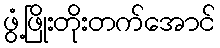
ဖွံ့ဖြိုးတိုးတက်အောင်